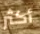
أكثر